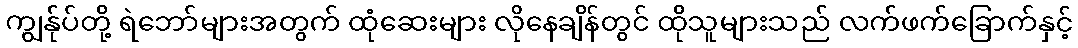
ကျွန်ုပ်တို့ ရဲဘော်များအတွက် ထုံဆေးများ လိုနေချိန်တွင် ထိုသူများသည် လက်ဖက်ခြောက်နှင့်